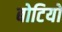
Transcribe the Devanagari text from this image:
बोटियों